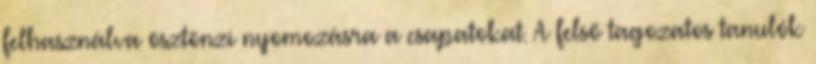
felhasználva ösztönzi nyomozásra a csapatokat. A felső tagozatos tanulók